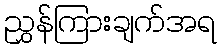
ညွှန်ကြားချက်အရ